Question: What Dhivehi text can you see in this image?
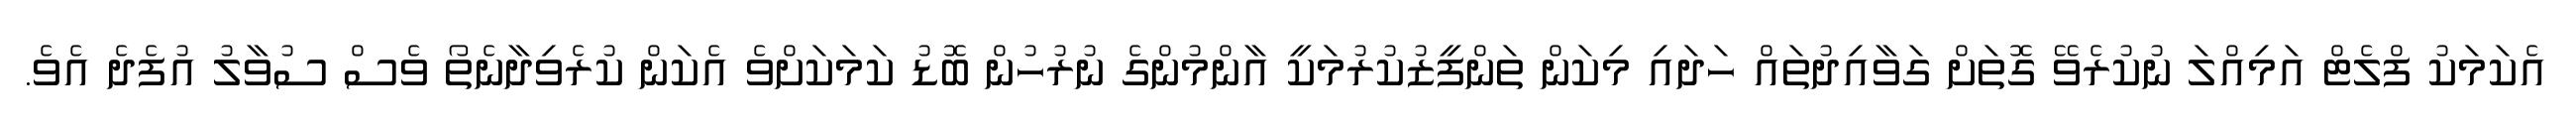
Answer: އެކަމަކު ފްލެޓް އަމިއްލަ ނުކުރެވޭ ގޮތަށް ގަވާއިދުތައް ހަދައި މިކަން ތަންފީޒުކުރުމަކީ އާންމުންގެ ނުރުހުން ބޮޑު ކަމަކަށްވެ އެކަން ކުރެވިދާނެތޯ ވެސް ސުވާލު އުފެދެ އެވެ.